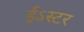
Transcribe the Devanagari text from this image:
ईऽस्टर